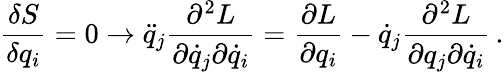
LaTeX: \frac{\delta S}{\delta q_{i}}=0\rightarrow\ddot{q}_{j}\frac{\partial^{2}L}{\partial\dot{q}_{j}\partial\dot{q}_{i}}=\frac{\partial L}{\partial q_{i}}-\dot{q}_{j}\frac{\partial^{2}L}{\partial q_{j}\partial\dot{q}_{i}}\, .